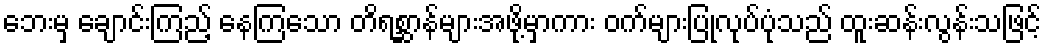
ဘေးမှ ချောင်းကြည့် နေကြသော တိရစ္ဆာန်များအဖို့မှာကား ဝက်များပြုလုပ်ပုံသည် ထူးဆန်းလွန်းသဖြင့်